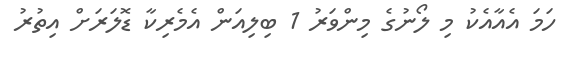
ހަމަ އެއާއެކު މި ލޯނުގެ މިންވަރު 1 ބިލިއަން އެމެރިކާ ޑޮލަރަށް އިތުރު